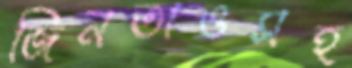
জিনতাওসহ